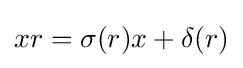
xr=\sigma (r)x+\delta (r)